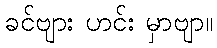
ခင်ဗျား ဟင်း မှာဗျာ။